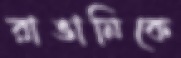
রাঙানিকে